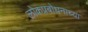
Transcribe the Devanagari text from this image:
लोकप्रबोधनाच्या